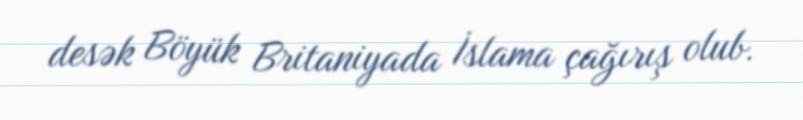
desək Böyük Britaniyada İslama çağırış olub.